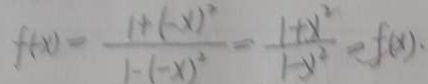
f ( x ) = \frac { 1 + ( - x ) ^ { 2 } } { 1 - ( - x ) ^ { 2 } } = \frac { 1 + x ^ { 2 } } { 1 - y ^ { 2 } } = f ( x ) .